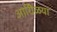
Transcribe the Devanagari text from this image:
आरोिळया